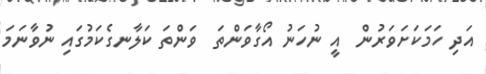
އަދި ހަމަކަށަވަރުން  އީ ނުހަނު އޯގާވަންތަ  ވަންތަ ކަލާނގެކަމުގައި ނުވާނަމަ